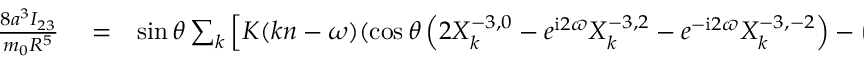
\begin{array} { r l r } { \frac { 8 a ^ { 3 } I _ { 2 3 } } { m _ { 0 } R ^ { 5 } } } & { { } = } & { \sin \theta \sum _ { k } \Big [ K ( k n - \omega ) ( \cos \theta \left( 2 X _ { k } ^ { - 3 , 0 } - e ^ { \mathrm { i } 2 \varpi } X _ { k } ^ { - 3 , 2 } - e ^ { - \mathrm { i } 2 \varpi } X _ { k } ^ { - 3 , - 2 } \right) - \left( e ^ { \mathrm { i } 2 \varpi } X _ { k } ^ { - 3 , 2 } - e ^ { - \mathrm { i } 2 \varpi } X _ { k } ^ { - 3 , - 2 } \right) ) } \end{array}